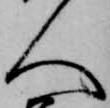
人